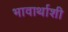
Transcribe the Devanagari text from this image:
भावार्थाशी